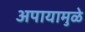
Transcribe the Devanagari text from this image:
अपायामुळे